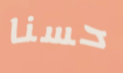
حسنا